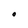
Character: O